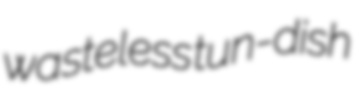
wasteless tun-dish